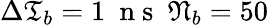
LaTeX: \Delta\mathfrak{T}_{b}=1\ \mathrm{~n~s~}\ \mathfrak{N}_{b}=50